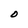
Character: 0